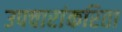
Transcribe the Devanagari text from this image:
उपचारांकरिता